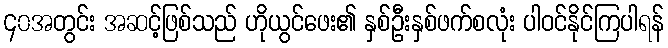
၄၀အတွင်း အဆင့်ဖြစ်သည် ဟိုယွင်ဖေး၏ နှစ်ဦးနှစ်ဖက်စလုံး ပါဝင်နိုင်ကြပါရန်